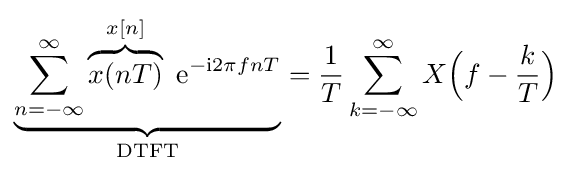
\underbrace {\sum _{n=-\infty }^{\infty }\overbrace {x(nT)} ^{x[n]}\ \mathrm {e} ^{-\mathrm {i} 2\pi fnT}} _{\text{DTFT}}={\frac {1}{T}}\sum _{k=-\infty }^{\infty }X{\Bigl (}f-{\frac {k}{T}}{\Bigr )}